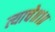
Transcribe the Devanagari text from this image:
त्याचे॥१॥